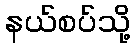
နယ်စပ်သို့